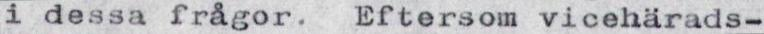
i dessa frågor. Eftersom vicehärads-